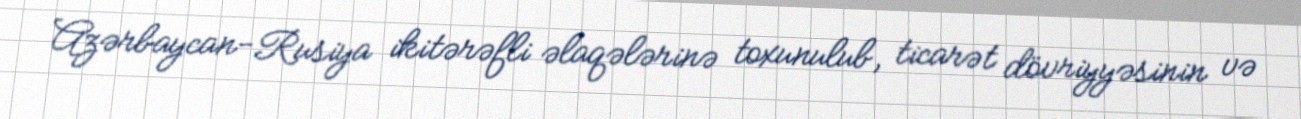
Azərbaycan-Rusiya ikitərəfli əlaqələrinə toxunulub, ticarət dövriyyəsinin və